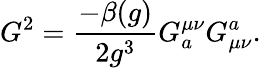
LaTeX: G^{2}={\frac{-\beta(g)}{2g^{3}}}G_{a}^{{\mu}{\nu}}G_{{\mu}{\nu}}^{a}.